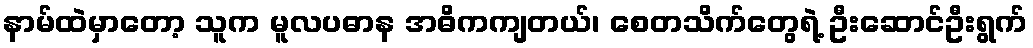
နာမ်ထဲမှာတော့ သူက မူလပဓာန အဓိကကျတယ်၊ စေတသိက်တွေရဲ့ ဦးဆောင်ဦးရွက်